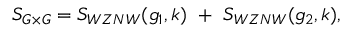
S _ { G \times G } = S _ { W Z N W } ( g _ { 1 } , k ) ~ + ~ S _ { W Z N W } ( g _ { 2 } , k ) ,